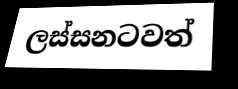
ලස්සනටවත්